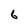
Character: 6